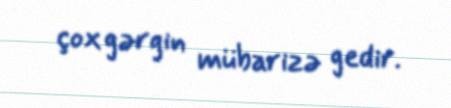
çox gərgin mübarizə gedir.